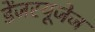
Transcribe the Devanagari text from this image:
डेंजरयूजेज